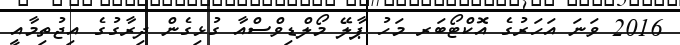
2016 ވަނަ އަހަރުގެ އޮކްޓޯބަރ މަހު ޕާލޭ މޯލްޑިވްސްއާ ގުޅިގެން ދިރާގުގެ އިޖުތިމާއީ